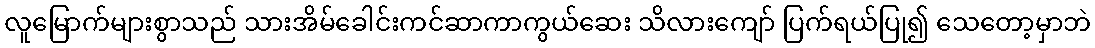
လူမြောက်များစွာသည် သားအိမ်ခေါင်းကင်ဆာကာကွယ်ဆေး သိလားကျော် ပြက်ရယ်ပြု၍ သေတော့မှာဘဲ